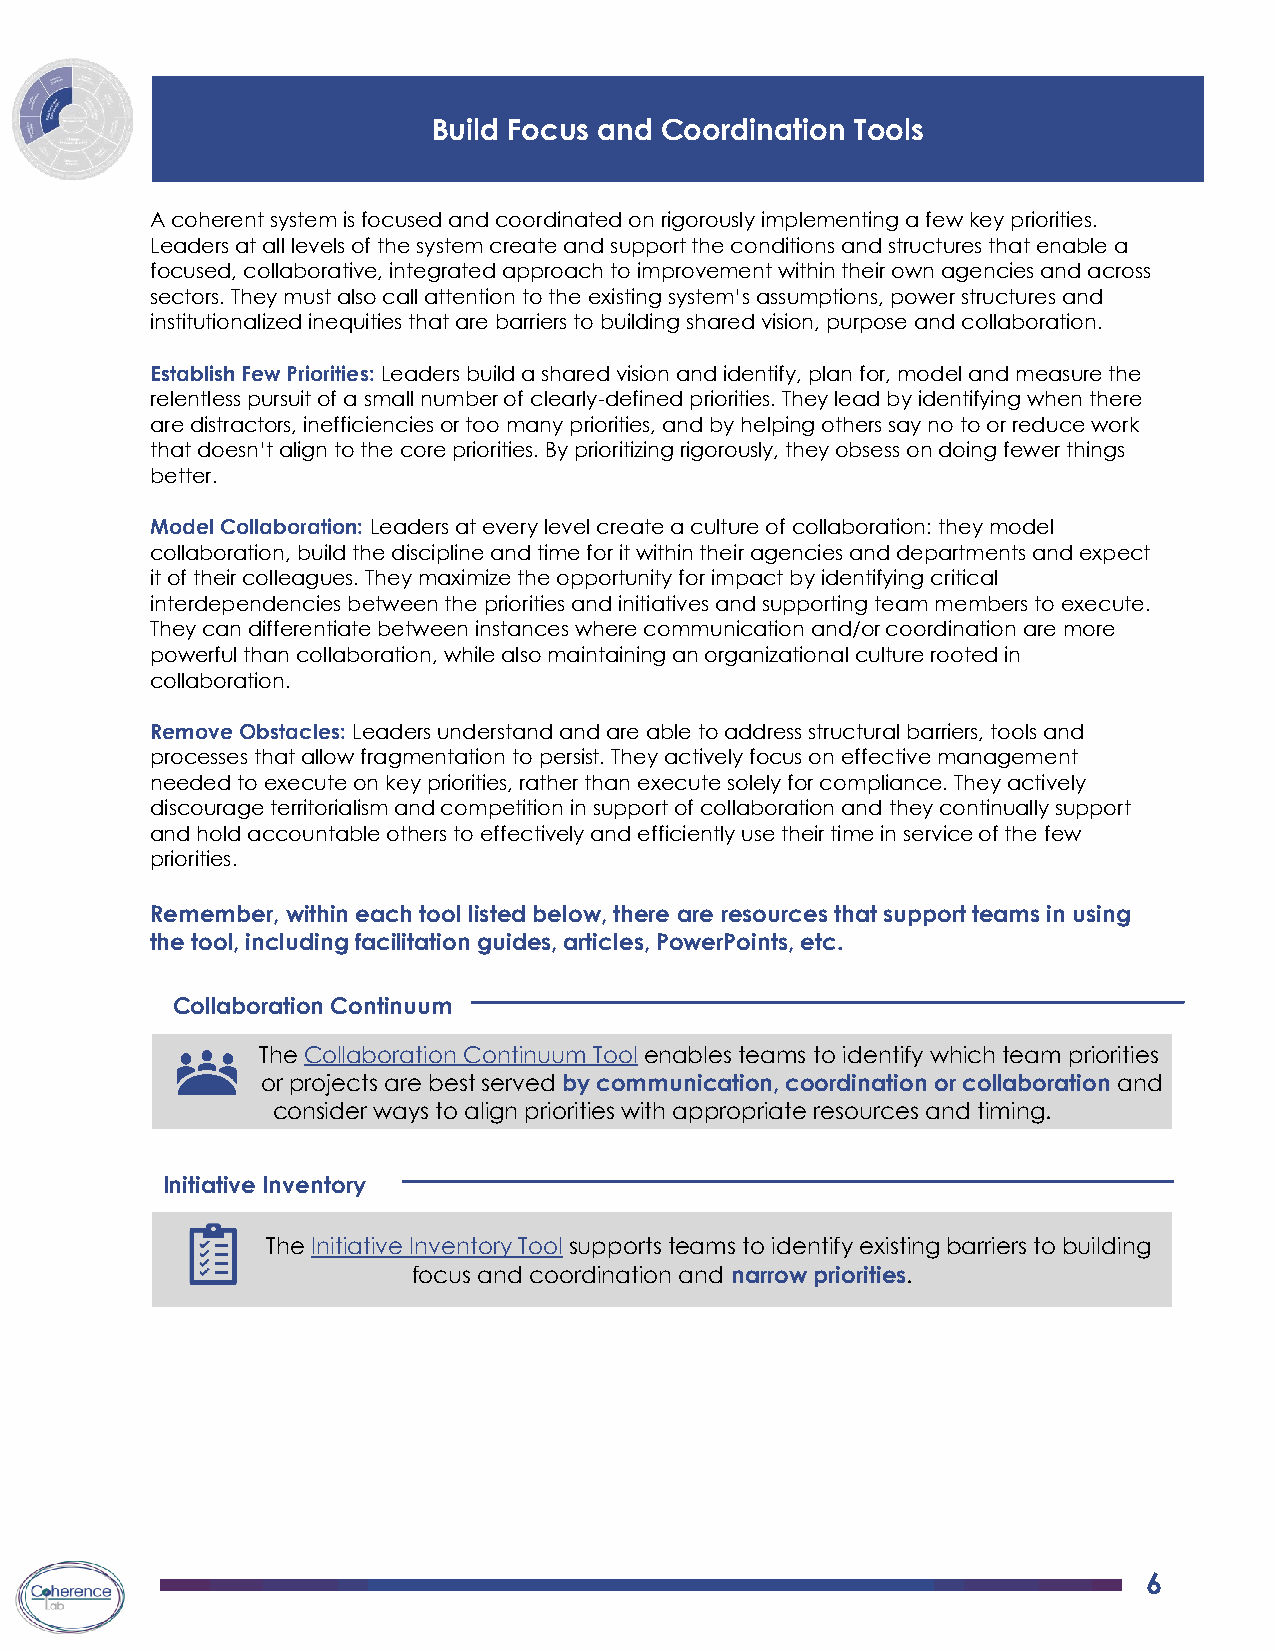
Build Focus and Coordination Tools
 A coherent system is focused and coordinated on rigorously implementing a few key priorities.
 Leaders at all levels of the system create and support the conditions and structures that enable a
 focused, collaborative, integrated approach to improvement within their own agencies and across
 sectors. They must also call attention to the existing system’s assumptions, power structures and
 institutionalized inequities that are barriers to building shared vision, purpose and collaboration.
 Establish Few Priorities: Leaders build a shared vision and identify, plan for, model and measure the
 relentless pursuit of a small number of clearly-defined priorities. They lead by identifying when there
 are distractors, inefficiencies or too many priorities, and by helping others say no to or reduce work
 that doesn’t align to the core priorities. By prioritizing rigorously, they obsess on doing fewer things
 better.
 Model Collaboration: Leaders at every level create a culture of collaboration: they model
 collaboration, build the discipline and time for it within their agencies and departments and expect
 it of their colleagues. They maximize the opportunity for impact by identifying critical
 interdependencies between the priorities and initiatives and supporting team members to execute.
 They can differentiate between instances where communication and/or coordination are more
 powerful than collaboration, while also maintaining an organizational culture rooted in
 collaboration.
 Remove Obstacles: Leaders understand and are able to address structural barriers, tools and
 processes that allow fragmentation to persist. They actively focus on effective management
 needed to execute on key priorities, rather than execute solely for compliance. They actively
 discourage territorialism and competition in support of collaboration and they continually support
 and hold accountable others to effectively and efficiently use their time in service of the few
 priorities.
 Remember, within each tool listed below, there are resources that support teams in using
 the tool, including facilitation guides, articles, PowerPoints, etc.
 Collaboration Continuum
 The Collaboration Continuum Tool enables teams to identify which team priorities
 or projects are best served by communication, coordination or collaboration and
 consider ways to align priorities with appropriate resources and timing.
 Initiative Inventory
 The Initiative Inventory Tool supports teams to identify existing barriers to building
 focus and coordinatio n and narrow priorities.
 6